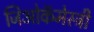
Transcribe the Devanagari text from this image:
जिओकॅमेस्ट्री